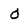
Character: O